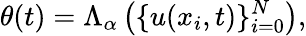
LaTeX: \theta(t)=\Lambda_{\alpha}\left(\{ u(x_{i},t)\} _{i=0}^{N}\right),